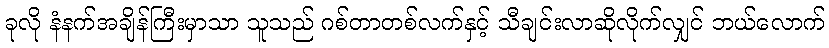
ခုလို နံနက်အချိန်ကြီးမှာသာ သူသည် ဂစ်တာတစ်လက်နှင့် သီချင်းလာဆိုလိုက်လျှင် ဘယ်လောက်